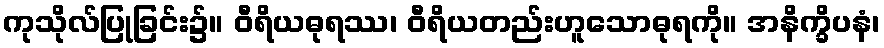
ကုသိုလ်ပြုခြင်း၌။ ဝီရိယဓုရဿ၊ ဝီရိယတည်းဟူသောဓုရကို။ အနိက္ခိပနံ၊